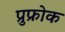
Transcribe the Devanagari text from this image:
प्रुफ्रोक